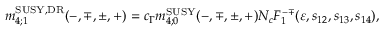
m _ { 4 ; 1 } ^ { \mathrm { S U S Y , D R } } ( - , \mp , \pm , + ) = c _ { \Gamma } m _ { 4 ; 0 } ^ { \mathrm { S U S Y } } ( - , \mp , \pm , + ) N _ { c } F _ { 1 } ^ { - \mp } ( \varepsilon , s _ { 1 2 } , s _ { 1 3 } , s _ { 1 4 } ) ,